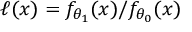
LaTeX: \ell ( x ) = f _ { \theta _ { 1 } } ( x ) / f _ { \theta _ { 0 } } ( x )